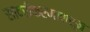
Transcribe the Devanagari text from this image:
सादरीकरणापासून